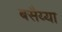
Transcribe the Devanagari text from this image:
बसैय्या